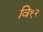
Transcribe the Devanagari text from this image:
वि१२